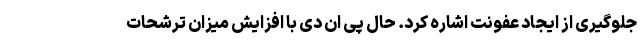
جلوگیری از ایجاد عفونت اشاره کرد. حال پی ان دی با افزایش میزان ترشحات